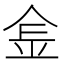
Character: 𨤾